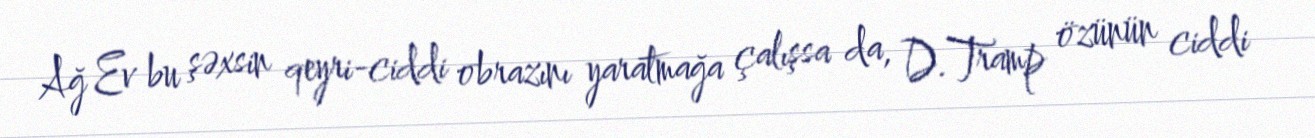
Ağ Ev bu şəxsin qeyri-ciddi obrazını yaratmağa çalışsa da, D.Tramp özünün ciddi